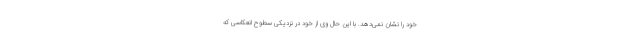
خود را نشان نمی‌دهد. با این حال وی از خود در نزدیکی سطوح انعکاسی که